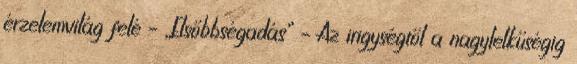
érzelemvilág felé – „Elsőbbségadás” – Az irigységtől a nagylelkűségig